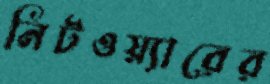
নিটওয়্যারের